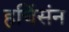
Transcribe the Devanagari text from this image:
हचिंसंन